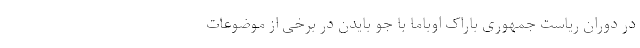
در دوران ریاست جمهوری باراک اوباما با جو بایدن در برخی از موضوعات